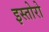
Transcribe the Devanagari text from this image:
इस्तोरो